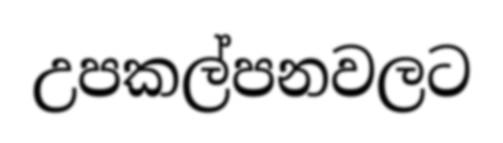
උපකල්පනවලට